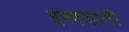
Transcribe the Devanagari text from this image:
इस्फहानी